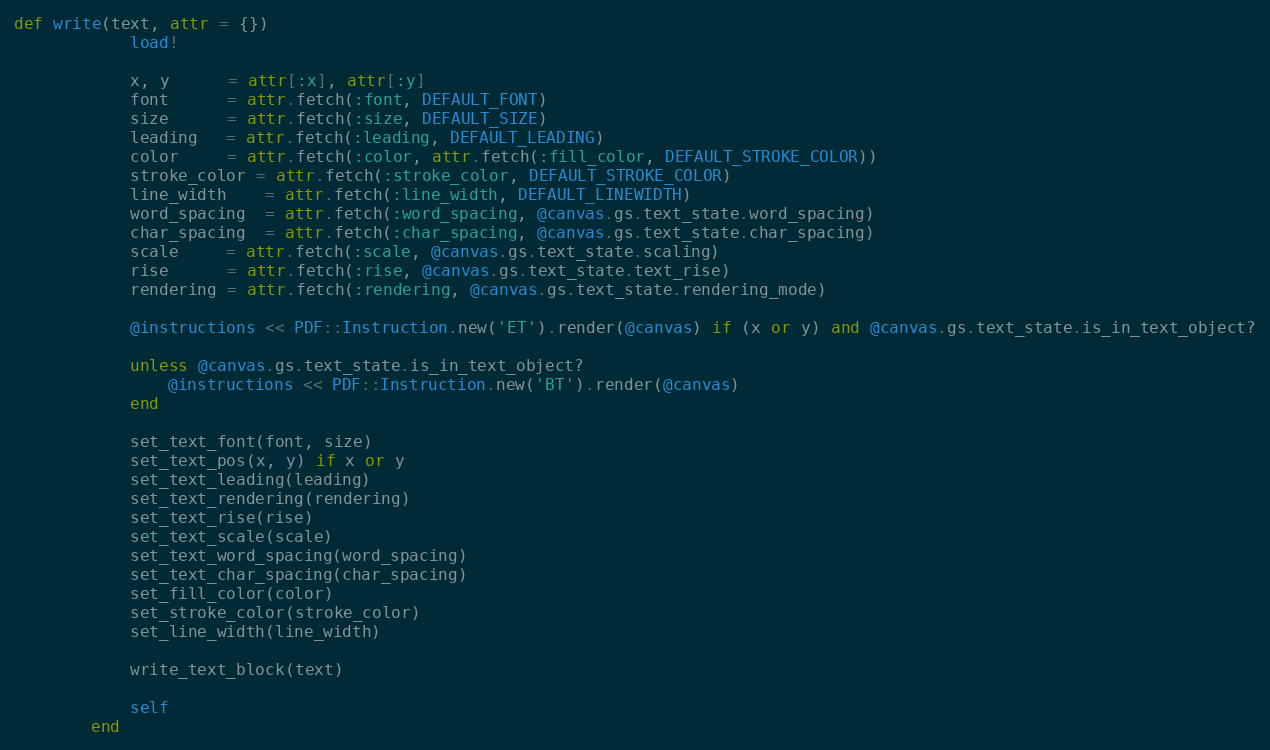
Language: Ruby
def write(text, attr = {})
            load!

            x, y      = attr[:x], attr[:y]
            font      = attr.fetch(:font, DEFAULT_FONT)
            size      = attr.fetch(:size, DEFAULT_SIZE)
            leading   = attr.fetch(:leading, DEFAULT_LEADING)
            color     = attr.fetch(:color, attr.fetch(:fill_color, DEFAULT_STROKE_COLOR))
            stroke_color = attr.fetch(:stroke_color, DEFAULT_STROKE_COLOR)
            line_width    = attr.fetch(:line_width, DEFAULT_LINEWIDTH)
            word_spacing  = attr.fetch(:word_spacing, @canvas.gs.text_state.word_spacing)
            char_spacing  = attr.fetch(:char_spacing, @canvas.gs.text_state.char_spacing)
            scale     = attr.fetch(:scale, @canvas.gs.text_state.scaling)
            rise      = attr.fetch(:rise, @canvas.gs.text_state.text_rise)
            rendering = attr.fetch(:rendering, @canvas.gs.text_state.rendering_mode)

            @instructions << PDF::Instruction.new('ET').render(@canvas) if (x or y) and @canvas.gs.text_state.is_in_text_object?

            unless @canvas.gs.text_state.is_in_text_object?
                @instructions << PDF::Instruction.new('BT').render(@canvas)
            end

            set_text_font(font, size)
            set_text_pos(x, y) if x or y
            set_text_leading(leading)
            set_text_rendering(rendering)
            set_text_rise(rise)
            set_text_scale(scale)
            set_text_word_spacing(word_spacing)
            set_text_char_spacing(char_spacing)
            set_fill_color(color)
            set_stroke_color(stroke_color)
            set_line_width(line_width)

            write_text_block(text)

            self
        end